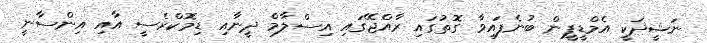
ނަޝީދަކީ އެމްޑީޕީން ބުނެފައިވާ ގޮތުގައި ރާއްޖޭގައި އިސްލާމް ދީނާއި ޑިމޮކްރެސީ އާއި އިންސާނީ